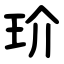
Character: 玠